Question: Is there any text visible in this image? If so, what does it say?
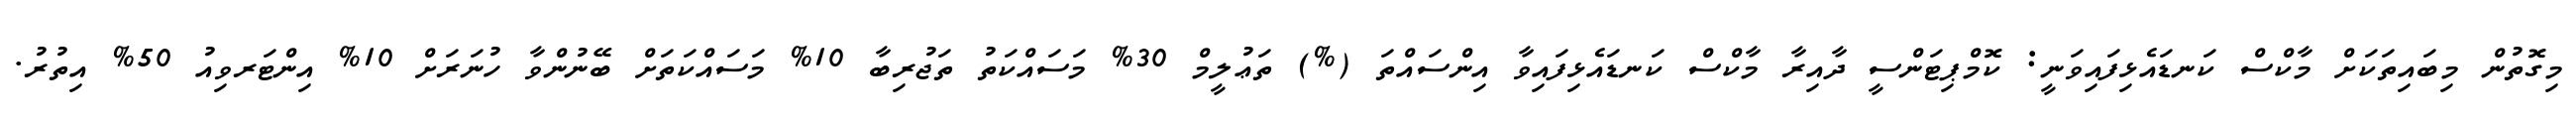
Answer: މިގޮތުން މިބައިތަކަށް މާކްސް ކަނޑައެޅިފައިވަނީ: ކޮމްޕިޓަންސީ ދާއިރާ މާކްސް ކަނޑައެޅިފައިވާ އިންސައްތަ (%) ތަޢުލީމް 30% މަސައްކަތު ތަޖުރިބާ 10% މަސައްކަތަށް ބޭނުންވާ ހުނަރަށް 10% އިންޓަރވިއު 50% އިތުރު.